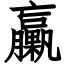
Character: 臝